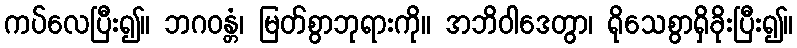
ကပ်လေပြီး၍။ ဘဂဝန္တံ၊ မြတ်စွာဘုရားကို။ အဘိဝါဒေတွာ၊ ရိုသေစွာရှိခိုးပြီး၍။